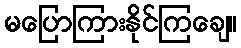
မပြောကြားနိုင်ကြချေ။